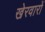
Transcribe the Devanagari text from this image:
खेरवारों